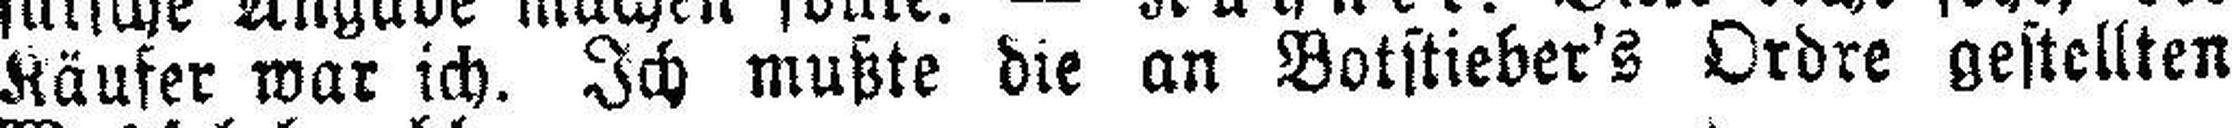
Käufer war ich. Ich mußte die an Botstieber's Ordre gestellten